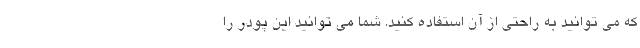
که می توانید به راحتی از آن استفاده کنید. شما می توانید این پودر را